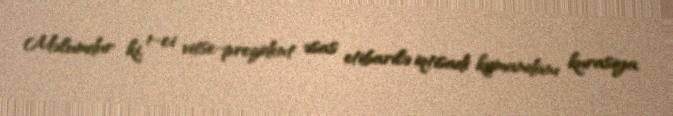
Məlumdur ki, 1-ci vitse-prezident əsas etibarilə iqtisadi komandanı kurasiya